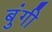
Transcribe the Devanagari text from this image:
बुंगी